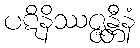
ပဋိနိဿဇ္ဇန္တီနံ